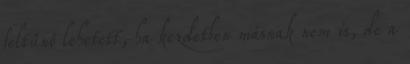
feltűnő lehetett, ha kezdetben másnak nem is, de a